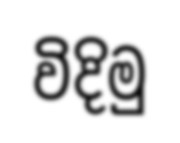
විදිමු